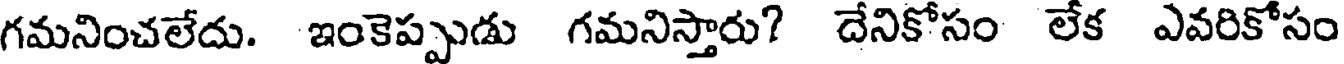
గమనించలేదు. ఇంకెప్పుడు గమనిస్తారు? దేనికోసం లేక ఎవరికోసం